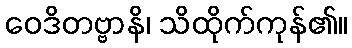
ဝေဒိတဗ္ဗာနိ၊ သိထိုက်ကုန်၏။